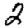
Digit: 2